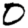
Digit: 0